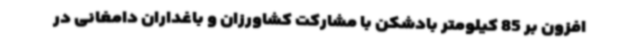
افزون بر 85 کیلومتر بادشکن با مشارکت کشاورزان و باغداران دامغانی در